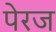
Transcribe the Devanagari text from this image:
पेरज